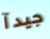
جيدآ